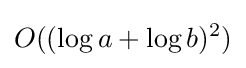
O((\log a+\log b)^{2})